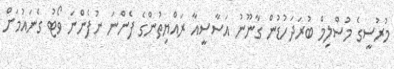
މުރުސީގެ މުސްލިމް ބުރަދަހުޑުން ގާނޫނު އަސާސީއާ ރައްޔިތުންގެ ފެންނަ ނުފެންނަ ވޯޓު ގެނައުމަށް